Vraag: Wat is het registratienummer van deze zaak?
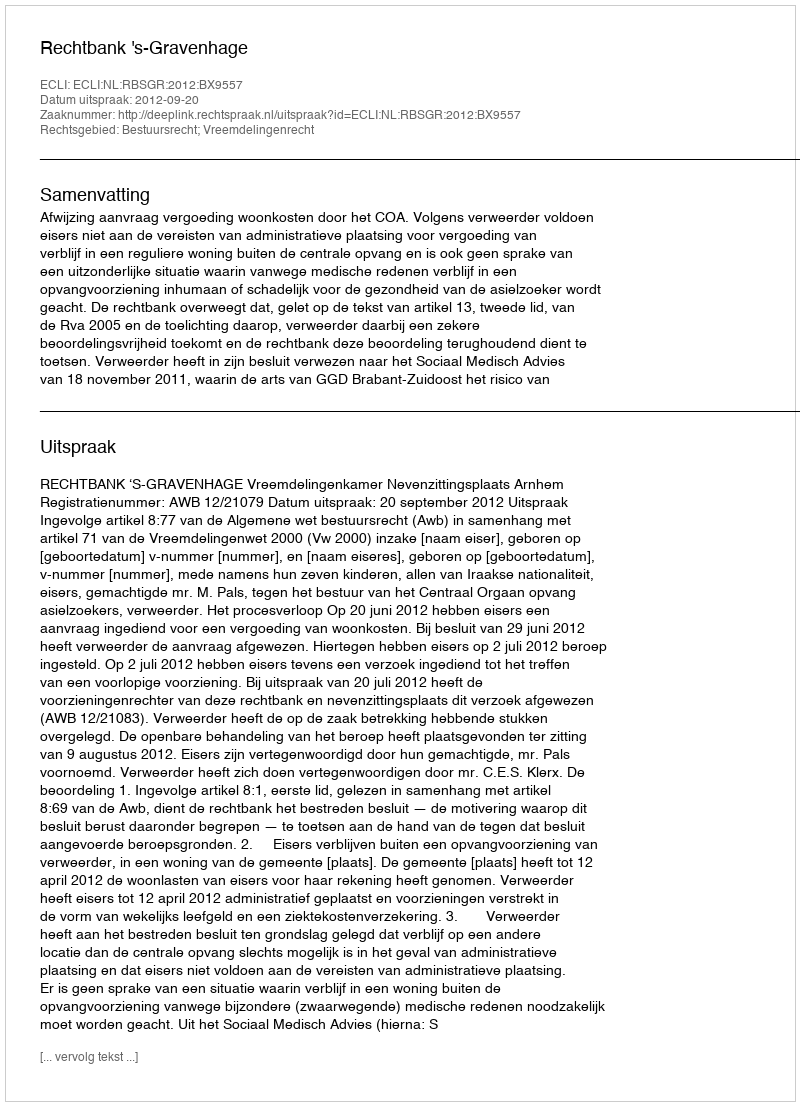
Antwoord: http://deeplink.rechtspraak.nl/uitspraak?id=ECLI:NL:RBSGR:2012:BX9557